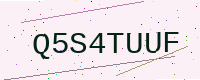
Text: Q5S4TUUF